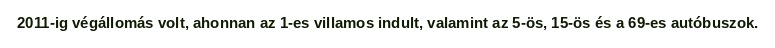
2011-ig végállomás volt, ahonnan az 1-es villamos indult, valamint az 5-ös, 15-ös és a 69-es autóbuszok.